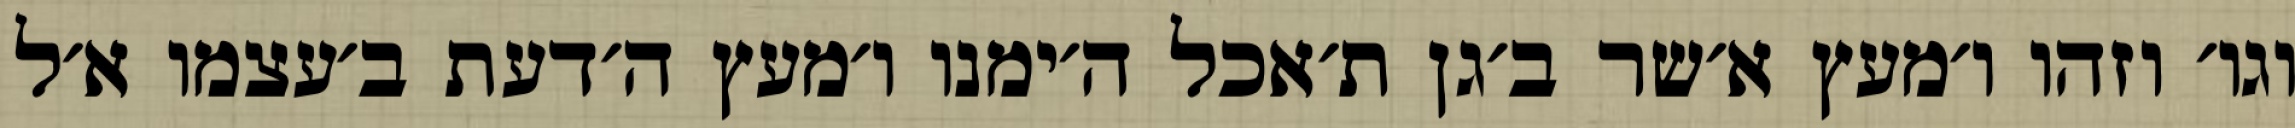
וגו׳ וזהו ו׳מעץ א׳שר ב׳גן ת׳אכל ה׳ימנו ו׳מעץ ה׳דעת ב׳עצמו א׳ל